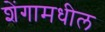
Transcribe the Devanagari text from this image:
शेंगामधील